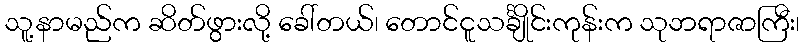
သူ့နာမည်က ဆိတ်ဖွားလို့ ခေါ်တယ်၊ တောင်ငူသင်္ချိုင်းကုန်းက သုဘရာဇာကြီး၊